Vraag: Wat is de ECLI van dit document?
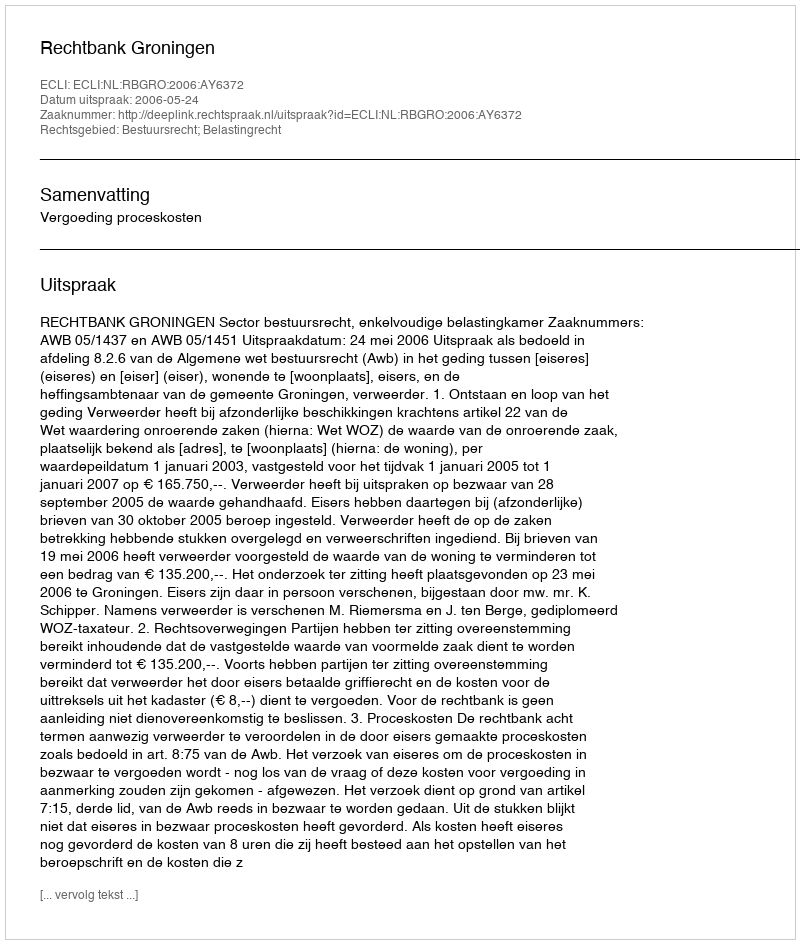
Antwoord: ECLI:NL:RBGRO:2006:AY6372